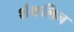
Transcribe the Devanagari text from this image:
शेंकलिन